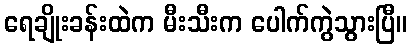
ရေချိုးခန်းထဲက မီးသီးက ပေါက်ကွဲသွားပြီ။